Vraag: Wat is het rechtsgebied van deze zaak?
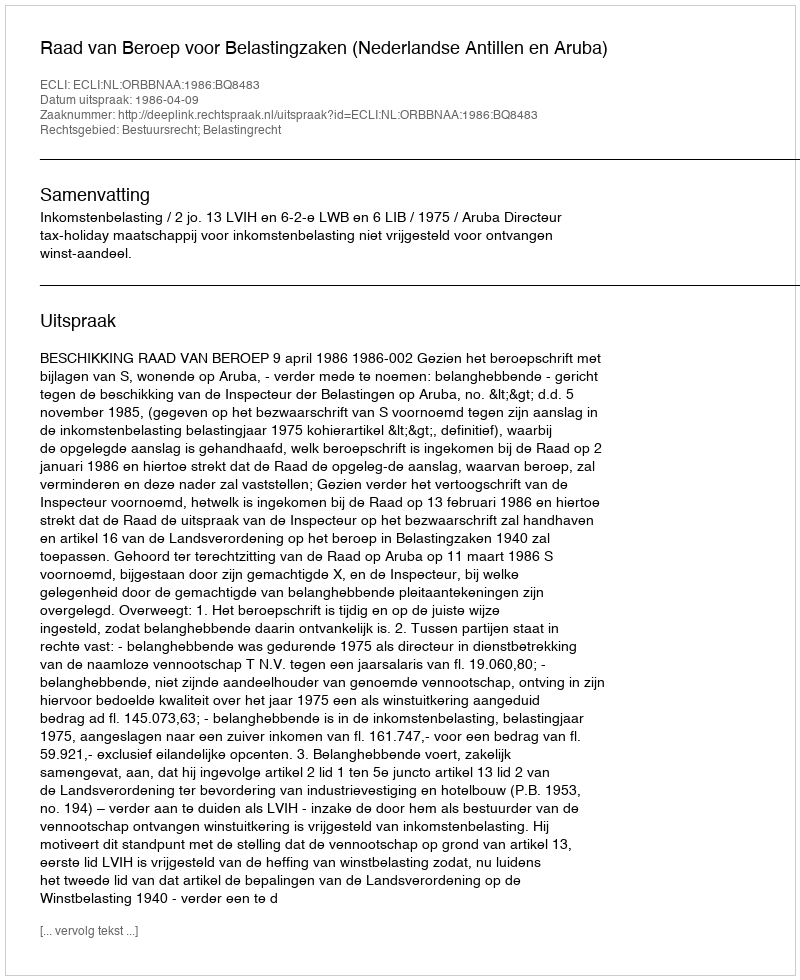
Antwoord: Bestuursrecht; Belastingrecht